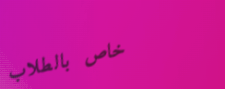
خاص بالطلاب